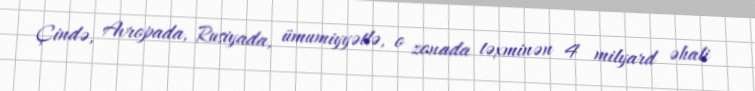
Çində, Avropada, Rusiyada, ümumiyyətlə, o zonada təxminən 4 milyard əhali